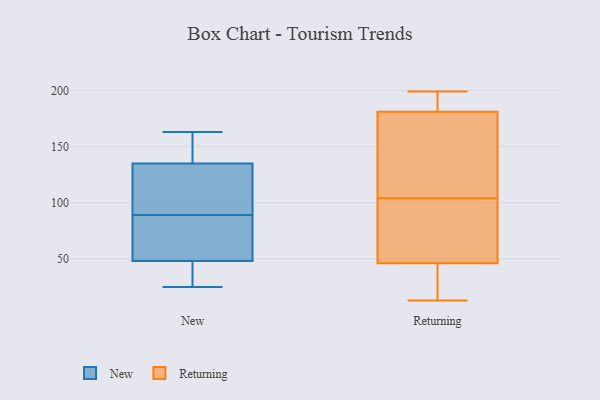
{"axis": {"x": "Headcount", "y": "Value"}, "legend": ["New", "Returning"], "data": [{"x": "", "y": 112, "type": "New"}, {"x": "", "y": 127, "type": "New"}, {"x": "", "y": 163, "type": "New"}, {"x": "", "y": 112, "type": "New"}, {"x": "", "y": 99, "type": "New"}, {"x": "", "y": 32, "type": "New"}, {"x": "", "y": 25, "type": "New"}, {"x": "", "y": 156, "type": "New"}, {"x": "", "y": 77, "type": "New"}, {"x": "", "y": 140, "type": "New"}, {"x": "", "y": 79, "type": "New"}, {"x": "", "y": 27, "type": "New"}, {"x": "", "y": 77, "type": "New"}, {"x": "", "y": 158, "type": "New"}, {"x": "", "y": 158, "type": "New"}, {"x": "", "y": 130, "type": "New"}, {"x": "", "y": 29, "type": "New"}, {"x": "", "y": 39, "type": "New"}, {"x": "", "y": 57, "type": "New"}, {"x": "", "y": 62, "type": "New"}, {"x": "", "y": 15, "type": "Returning"}, {"x": "", "y": 181, "type": "Returning"}, {"x": "", "y": 173, "type": "Returning"}, {"x": "", "y": 183, "type": "Returning"}, {"x": "", "y": 132, "type": "Returning"}, {"x": "", "y": 76, "type": "Returning"}, {"x": "", "y": 199, "type": "Returning"}, {"x": "", "y": 54, "type": "Returning"}, {"x": "", "y": 13, "type": "Returning"}, {"x": "", "y": 46, "type": "Returning"}]}